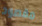
مقصود